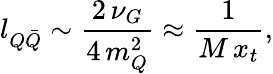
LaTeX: l_{Q\bar{Q}}\sim\frac{2\, \nu_{G}}{4\, m_{Q}^{2}}\approx\frac{1}{M\, x_{t}},